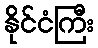
နိုင်ငံကြီး